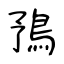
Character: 𩿗